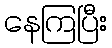
နေကြပြီး